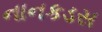
નાનકડસ